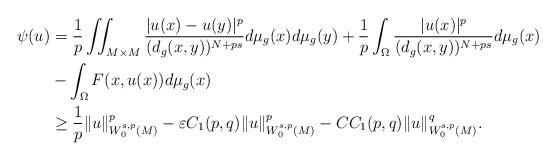
LaTeX: \begin{align*} \psi (u)&= \frac{1}{p} \iint_{M \times M}\frac{|u(x)-u(y)|^{p}}{(d_ g(x,y))^{N+ps}} d\mu _ g(x)d\mu_g(y) +\frac{1}{p} \int_{\Omega} \frac{|u(x)|^{p}}{(d_ g(x,y))^{N+ps}} d\mu _ g(x) \\ &- \int_{\Omega}F(x, u(x))d\mu _ g(x)\\ & \geq \frac{1}{p} \|u\|^p_{W_0^{s,p}(M)}- \varepsilon C_{1}(p,q)\|u\|^p_{W_0^{s,p}(M)}- C C_{1}(p,q)\|u\|^q_{W_0^{s,p}(M)}. \end{align*}